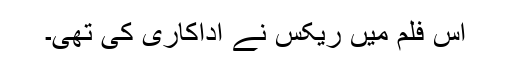
اس فلم میں ریکس نے اداکاری کی تھی۔